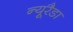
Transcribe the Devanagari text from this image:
न्यूरैडा